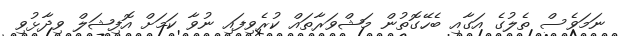
ނަމަވެސް ތެލުގެ އަގާއި ބެހޭގޮތުން މަޝްވަރާތައް ކުރެވިފައި ނުވާ ކަމަށް އޮފިޝަލް ވިދާޅުވި